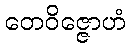
တေဝိဇ္ဇောဟံ